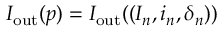
I _ { \mathrm { o u t } } ( p ) = I _ { \mathrm { o u t } } ( ( I _ { n } , i _ { n } , \delta _ { n } ) )